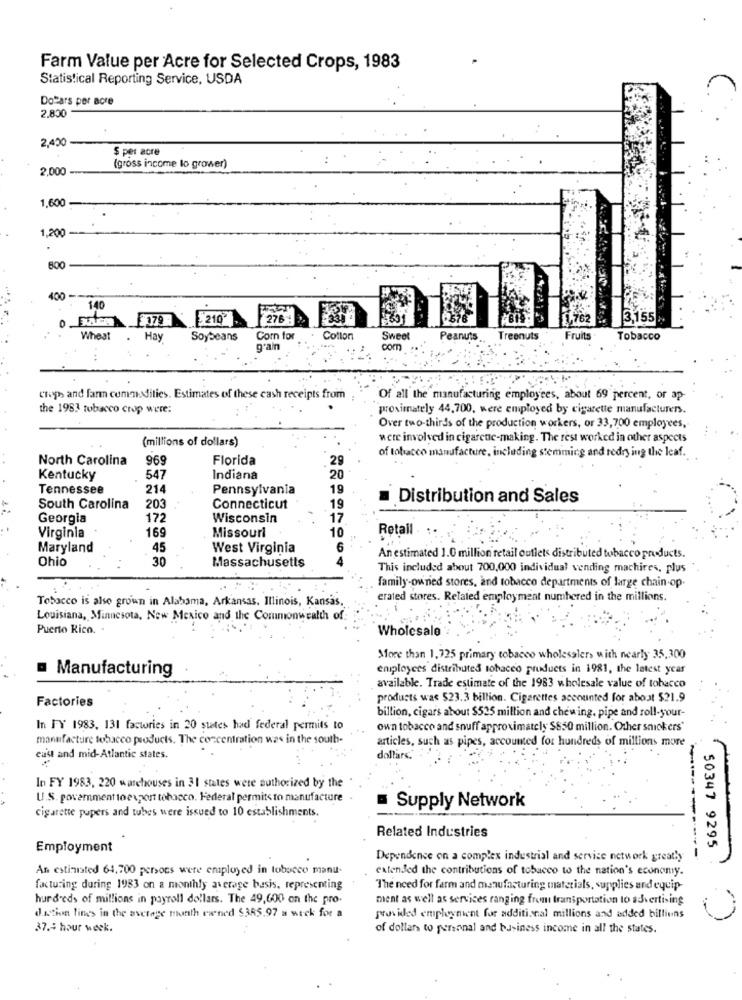
Farm Value per Acre for Selected Crops, 1983
Statistical Reporting Service, USDA
Dollars per acre
2.800
2,450
$ per acre
2,000
(gross income lo grower)
1,600
1,200
800
400
140
179
219
276
13.155
Wheat
Hay
Soybeans
Corn for
Cotton
Sweet
Peanuts.
Treenuts
Fruits
Tobacco
g'an
DOM
Clops and farm commodities. Estimates of these cash receipts from
Of all the manufacturing employees, about 69 percent, or ap
the 1983 tobacco crop were:
proximately 44,700, were employed by cigarette manufacturers.
Over two-thirds of the production workers, or 33,700 employees,
(millions of dollars)
were involved in cigarette-making. The rest worked in other aspects
of tobacco manufacture, including stemming and redry ing the leaf.
North Carolina
969
Florida
29
Kentucky
547
Indiana
20
Tennessee
214
Pennsylvania
19
Distribution and Sales
South Carolina
203
Connecticut
19
Georgia
172
Wisconsin
17
Missouri
Retail .
Virginia
169
10
Maryland
45
West Virginia
6
Ohio
30
Massachusetts
An estimated 1.0 million retail outlets distributed tobacco products.
This included about 700,000 individual vending machines, plus
family-owned stores, and tobacco departments of large chain-op.
Tobacco is also grown in Alabama, Arkansas. Illinois, Kansas,
erated stores. Related employment numbered in the millions.
Louisiana, Minnesota, New Mexico and the Commonwealth of:
Puerto Rico. .
Wholesale
More than 1,725 primary tobacco wholesaler> with nearly 35,300
Manufacturing
employees distributed tobacco products in 1981, the latest year
available. Trade estimate of the 1983 wholesale value of tobacco
Factories
products was $23.3 billion. Cigarettes accounted for about $21.9
billion, cigars about $525 million and chewing, pipe and roll-your-
In FY 1983, 131 factories in 20 states had federal permits to
own tobacco and snuff approximately $850 million. Other smokers'
manufacture tobacco products. The concentration was in the south-
articles, such as pipes, accounted for hundreds of millions more
cust and mid-Atlantic states.
dollars."
In FY 1983, 220 warchouses in 31 states were authorized by the
U.S. government toexport tobacco. Federal permits to manufacture
Supply Network
cigarette papers and tubes were issued to 10 establishments.
Related Industries
Employment
50347 9295
Dependence on a complex industrial and service network greatly
An estimated 64,700 persons were employed in tobacco manu-
extended the contributions of tobacco to the nation's economy.
facturing during 1983 on a monthly average basis, representing
The need for farm and manufacturing materials, supplies and equip-
hundreds of millions in payroll dollars. The 49,600 on the pro-
ment as well as services ranging from transportation to advertising
dation line> in the average month eined 5385.97 a suck for a
provided employment for additional millions and added billiuns
37.5 hour week.
of dollars to personal and business income in all the states.